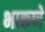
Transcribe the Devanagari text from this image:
भाकणे